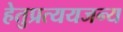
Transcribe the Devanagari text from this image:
हेतुप्रत्ययजन्य